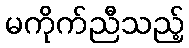
မကိုက်ညီသည့်